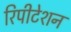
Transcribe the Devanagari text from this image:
रिपीटेशन